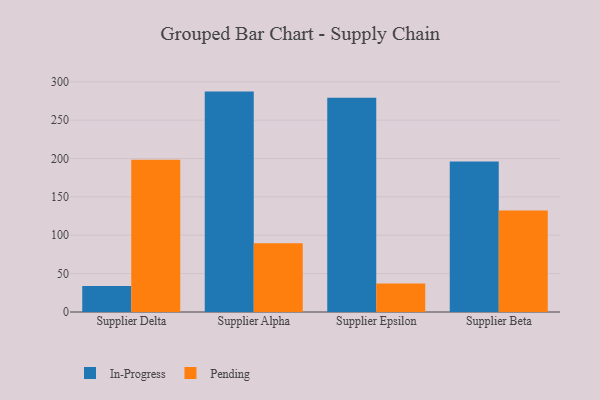
{"axis": {"x": "Supplier", "y": "Population (Million)"}, "legend": ["In-Progress", "Pending"], "data": [{"x": "Supplier Delta", "y": 33.8, "type": "In-Progress"}, {"x": "Supplier Delta", "y": 198.3, "type": "Pending"}, {"x": "Supplier Alpha", "y": 287.2, "type": "In-Progress"}, {"x": "Supplier Alpha", "y": 89.6, "type": "Pending"}, {"x": "Supplier Epsilon", "y": 279.2, "type": "In-Progress"}, {"x": "Supplier Epsilon", "y": 37.3, "type": "Pending"}, {"x": "Supplier Beta", "y": 196.0, "type": "In-Progress"}, {"x": "Supplier Beta", "y": 132.4, "type": "Pending"}]}